Calcutta medical institutions reports 1871-78
Year: 1871
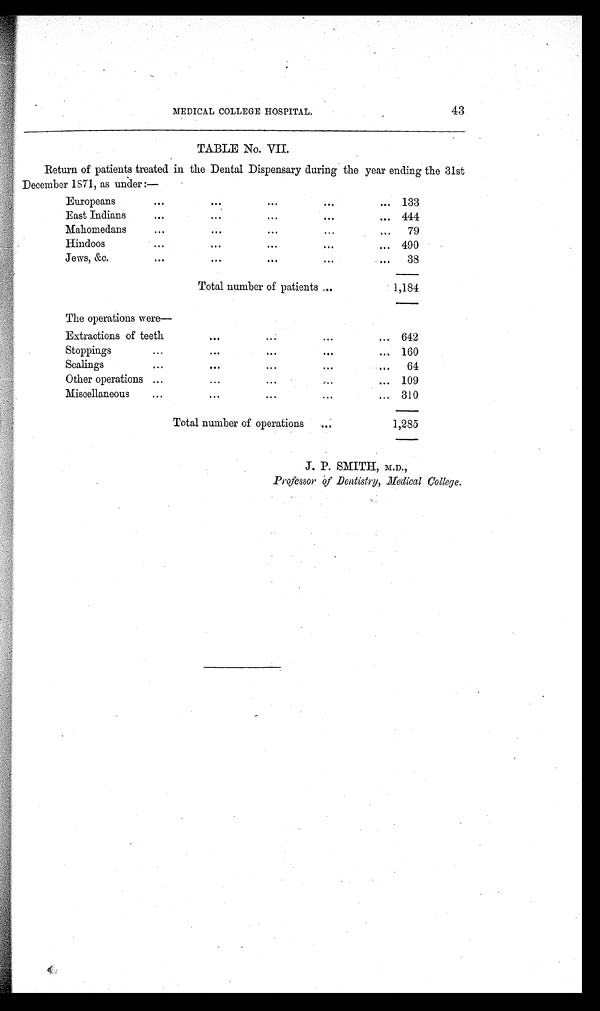
43
MEDICAL COLLEGE HOSPITAL.
TABLE No. VII.
Return of patients treated in the Dental Dispensary during the year ending the 31st
December 1871, as under :—
Europeans
. . .
. . .
. . .
...
... 133
East Indians
...
...
...
...
... 444
Mahomedans
. . .
. . .
. . .
. . .
...
79
Hindoos
...
. . .
...
. . .
... 490
Jews, &c.
. . .
. . .
. . .
...
...
38
Total number of patients ...
1,184
The operations were—
Extractions of teeth
...
...
...
... 642
Stoppings
...
. . .
. . .
. . .
. . . 160
Scalings
. . .
. . .
...
. . .
. . . 64
Other operations ...
...
...
...
... 109
Miscellaneous
...
...
...
. . .
... 310
Total number of operations
...
1,285
J. P. SMITH, M.D.,
Professor of Dentistry, Medical College.